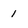
Character: 1